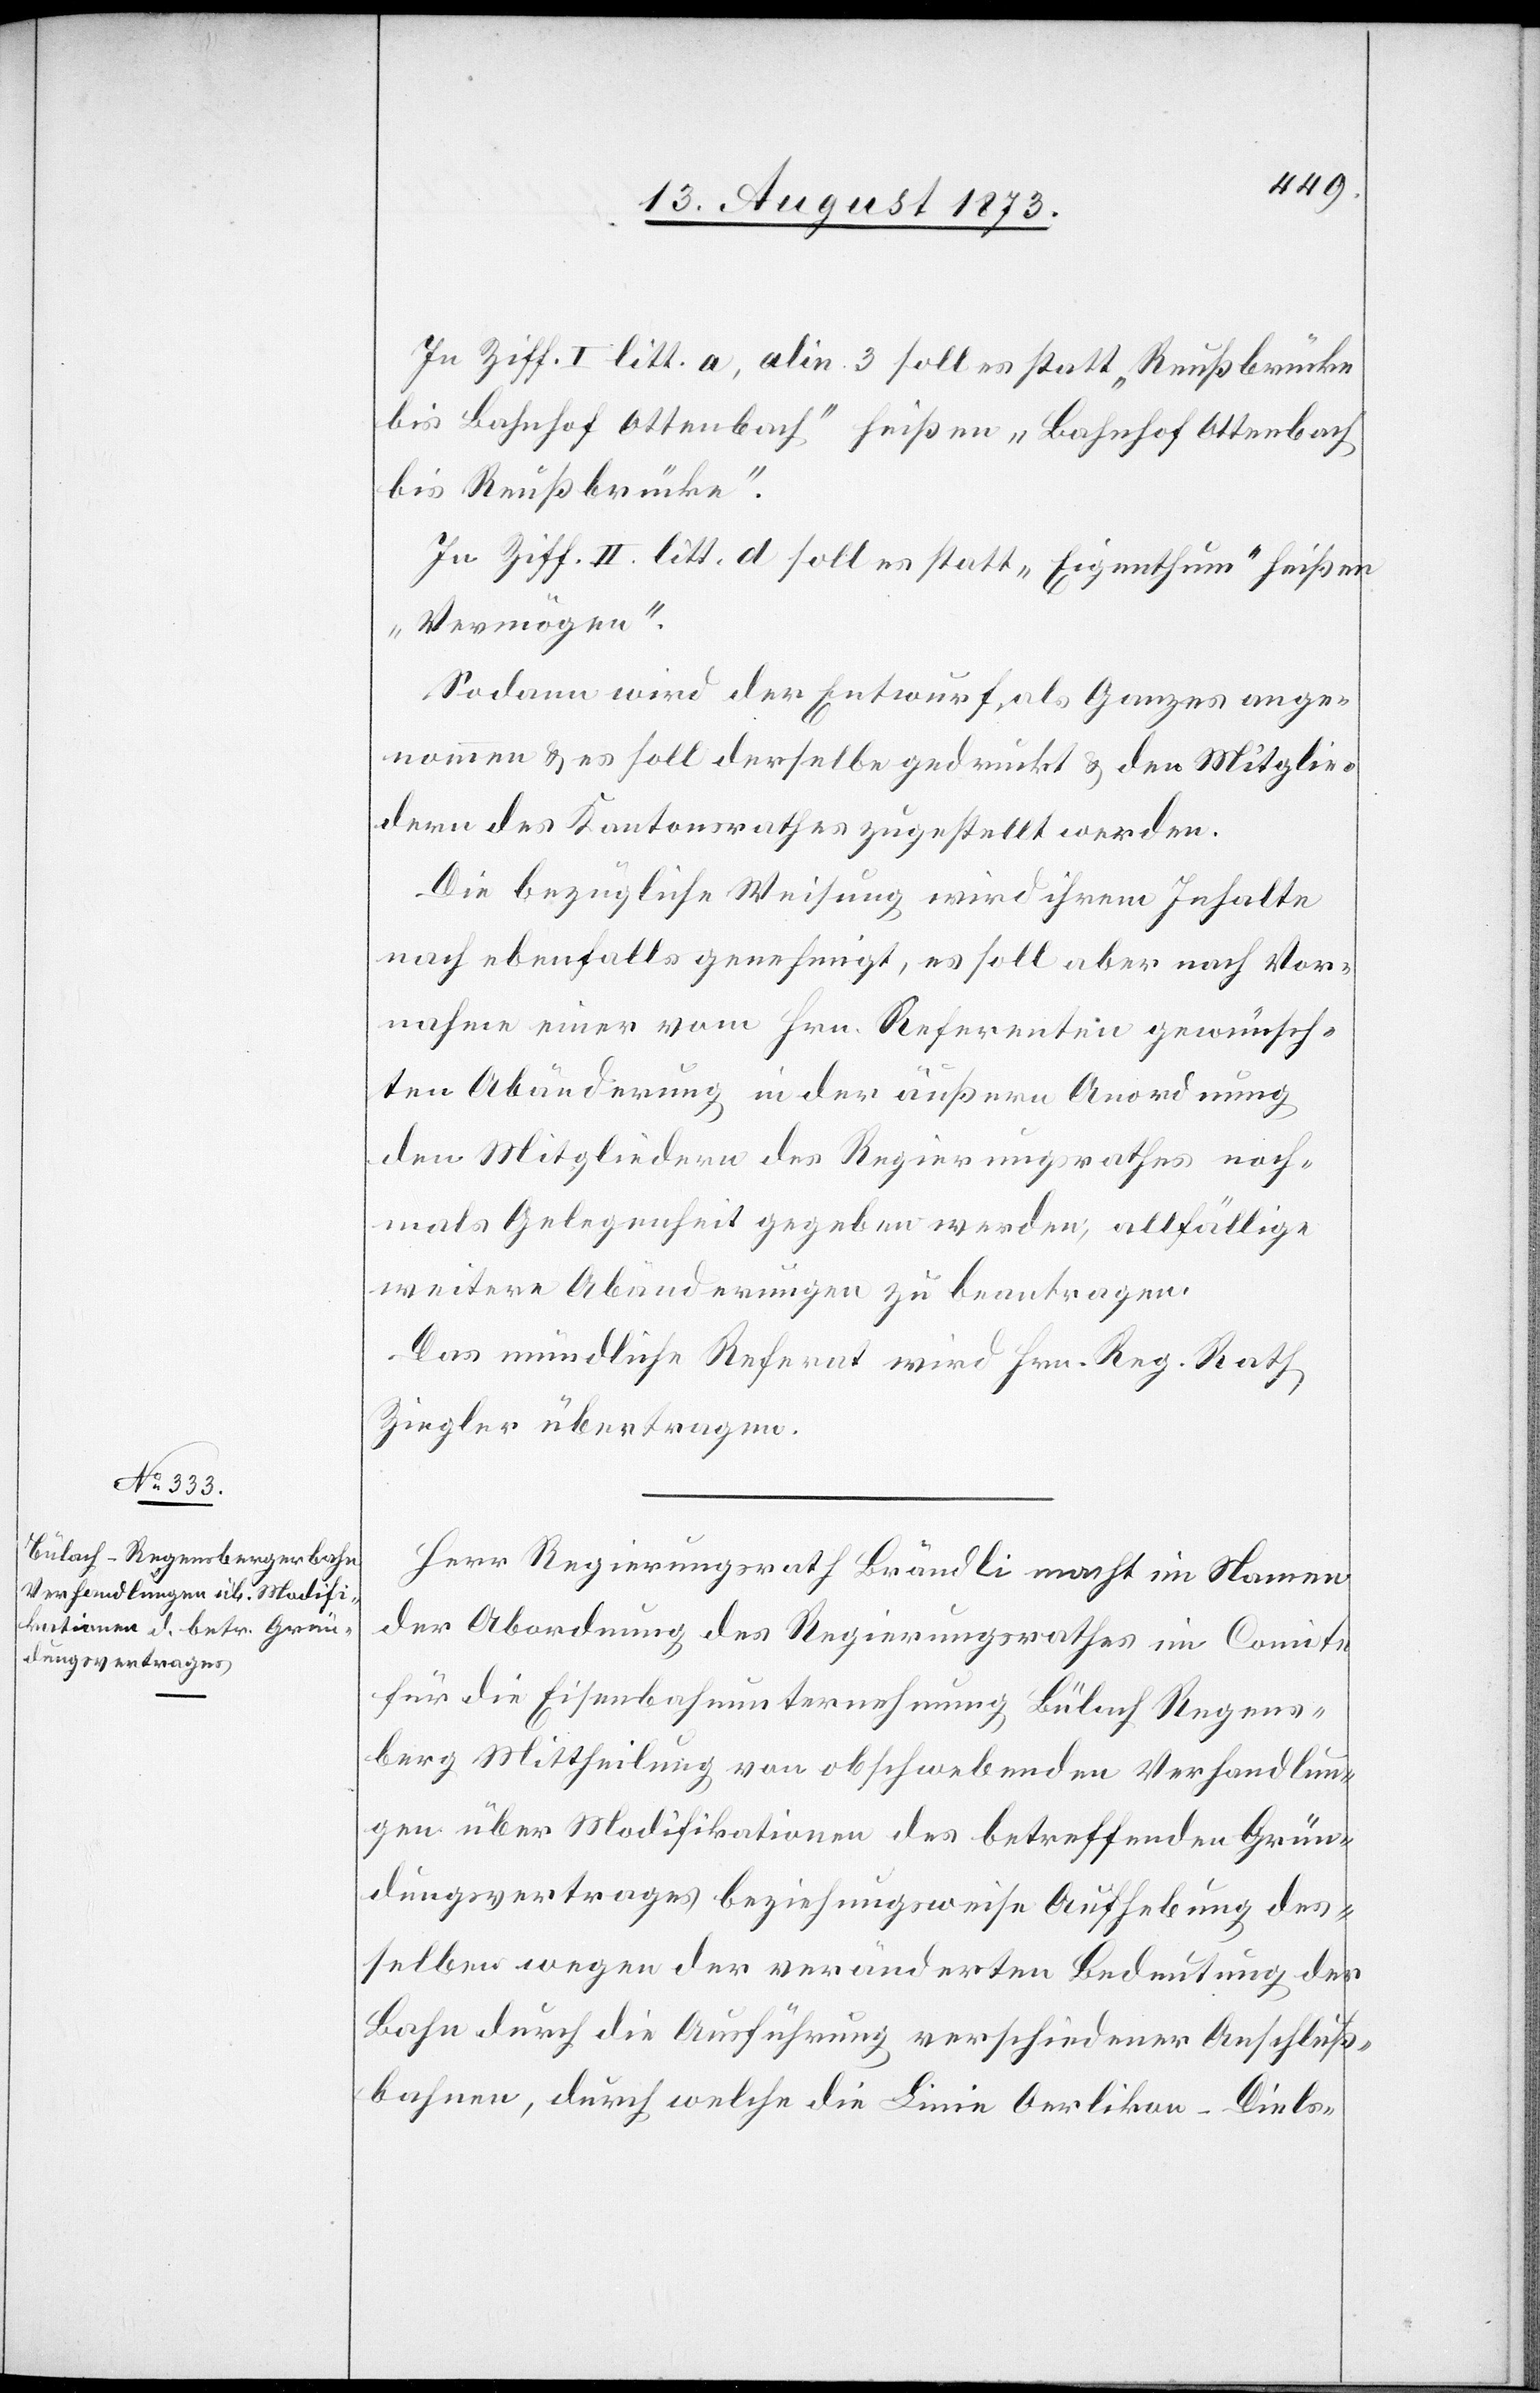
In Ziff. I litt. a, alin. 3 soll es statt „Reußbrücke
bis Bahnhof Ottenbach“ hießen „Bahnhof Ottenbach
bis Reußbrücke“.
In Ziff. II. litt. d soll es statt „Eigenthum“ heißen
„Vermögen“.
Sodann wird der Entwurf als Ganzes ange¬
nommen & es soll derselbe gedruckt & den Mitglie¬
dern des Kantonsrathes zugestellt werden.
Die bezügliche Weisung wird ihrem Inhalte
nach ebenfalls genehmigt, es soll aber nach Vor¬
nahme einer vom Hrn. Referenten gewünsch¬
ten Abänderung in der äußern Anordnung
den Mitgliedern des Regierungsrathes noch¬
mals Gelegenheit gegeben werden, allfällige
weitere Abänderungen zu beantragen.
Das mündliche Referat wird Hrn. Reg. Rath
Ziegler übertragen.
Herr Regierungsrath Brändli macht im Namen
der Abordnung des Regierungsrathes im Comite
für die Eisenbahnunternehmung Bülach[–]Regens¬
berg Mittheilung von obschwebenden Verhandlun¬
gen über Modifikationen des betreffenden Grün¬
dungsvertrages beziehungsweise Aufhebung des¬
selben wegen der veränderten Bedeutung der
Bahn durch die Ausführung verschiedener Anschluß¬
bahnen, durch welche die Linie Oerlikon–Diels-